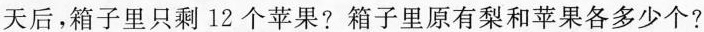
天后，箱子里只剩12个苹果?箱子里原有梨和苹果各多少个?